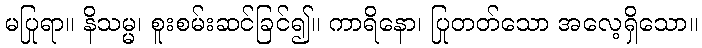
မပြုရာ။ နိသမ္မ၊ စူးစမ်းဆင်ခြင်၍။ ကာရိနော၊ ပြုတတ်သော အလေ့ရှိသော။